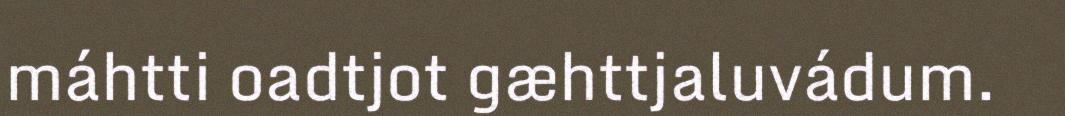
máhtti oadtjot gæhttjaluvádum.